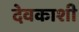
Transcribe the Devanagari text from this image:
देवकाशी